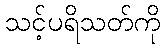
သင့်ပရိသတ်ကို